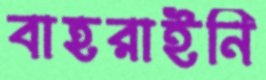
বাহরাইনি